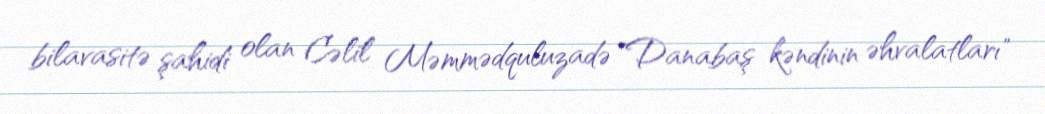
bilavasitə şahidi olan Cəlil Məmmədquluzadə "Danabaş kəndinin əhvalatları"